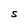
Character: S